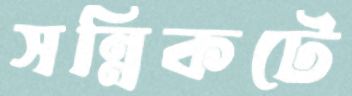
সন্নিকটে